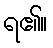
ရ၏။